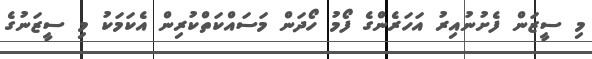
މި ސީޒަން ފެށުނުއިރު އަހަރެންގެ ފޯމު ހޯދަން މަސައްކަތްކުރިން އެކަމަކު މި ސީޒަނުގެ